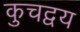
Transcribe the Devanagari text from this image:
कुचद्वय